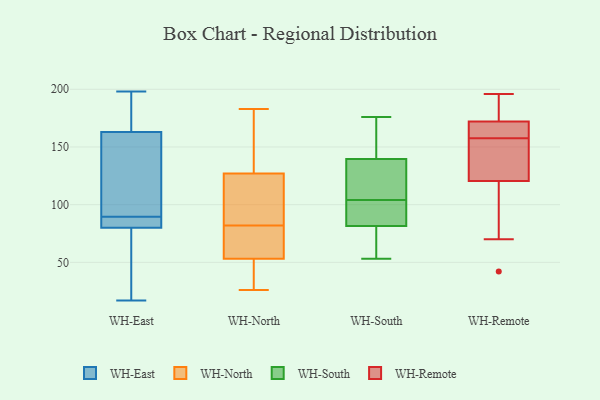
{"axis": {"x": "Shipments", "y": "Value"}, "legend": ["WH-East", "WH-North", "WH-Remote", "WH-South"], "data": [{"x": "", "y": 91, "type": "WH-East"}, {"x": "", "y": 17, "type": "WH-East"}, {"x": "", "y": 87, "type": "WH-East"}, {"x": "", "y": 80, "type": "WH-East"}, {"x": "", "y": 163, "type": "WH-East"}, {"x": "", "y": 60, "type": "WH-East"}, {"x": "", "y": 97, "type": "WH-East"}, {"x": "", "y": 168, "type": "WH-East"}, {"x": "", "y": 198, "type": "WH-East"}, {"x": "", "y": 88, "type": "WH-East"}, {"x": "", "y": 183, "type": "WH-North"}, {"x": "", "y": 28, "type": "WH-North"}, {"x": "", "y": 26, "type": "WH-North"}, {"x": "", "y": 82, "type": "WH-North"}, {"x": "", "y": 106, "type": "WH-North"}, {"x": "", "y": 72, "type": "WH-North"}, {"x": "", "y": 164, "type": "WH-North"}, {"x": "", "y": 148, "type": "WH-North"}, {"x": "", "y": 90, "type": "WH-North"}, {"x": "", "y": 67, "type": "WH-North"}, {"x": "", "y": 82, "type": "WH-North"}, {"x": "", "y": 39, "type": "WH-North"}, {"x": "", "y": 97, "type": "WH-South"}, {"x": "", "y": 116, "type": "WH-South"}, {"x": "", "y": 81, "type": "WH-South"}, {"x": "", "y": 110, "type": "WH-South"}, {"x": "", "y": 176, "type": "WH-South"}, {"x": "", "y": 130, "type": "WH-South"}, {"x": "", "y": 82, "type": "WH-South"}, {"x": "", "y": 80, "type": "WH-South"}, {"x": "", "y": 149, "type": "WH-South"}, {"x": "", "y": 53, "type": "WH-South"}, {"x": "", "y": 161, "type": "WH-South"}, {"x": "", "y": 98, "type": "WH-South"}, {"x": "", "y": 147, "type": "WH-Remote"}, {"x": "", "y": 189, "type": "WH-Remote"}, {"x": "", "y": 42, "type": "WH-Remote"}, {"x": "", "y": 156, "type": "WH-Remote"}, {"x": "", "y": 169, "type": "WH-Remote"}, {"x": "", "y": 70, "type": "WH-Remote"}, {"x": "", "y": 196, "type": "WH-Remote"}, {"x": "", "y": 102, "type": "WH-Remote"}, {"x": "", "y": 139, "type": "WH-Remote"}, {"x": "", "y": 159, "type": "WH-Remote"}, {"x": "", "y": 175, "type": "WH-Remote"}, {"x": "", "y": 168, "type": "WH-Remote"}]}